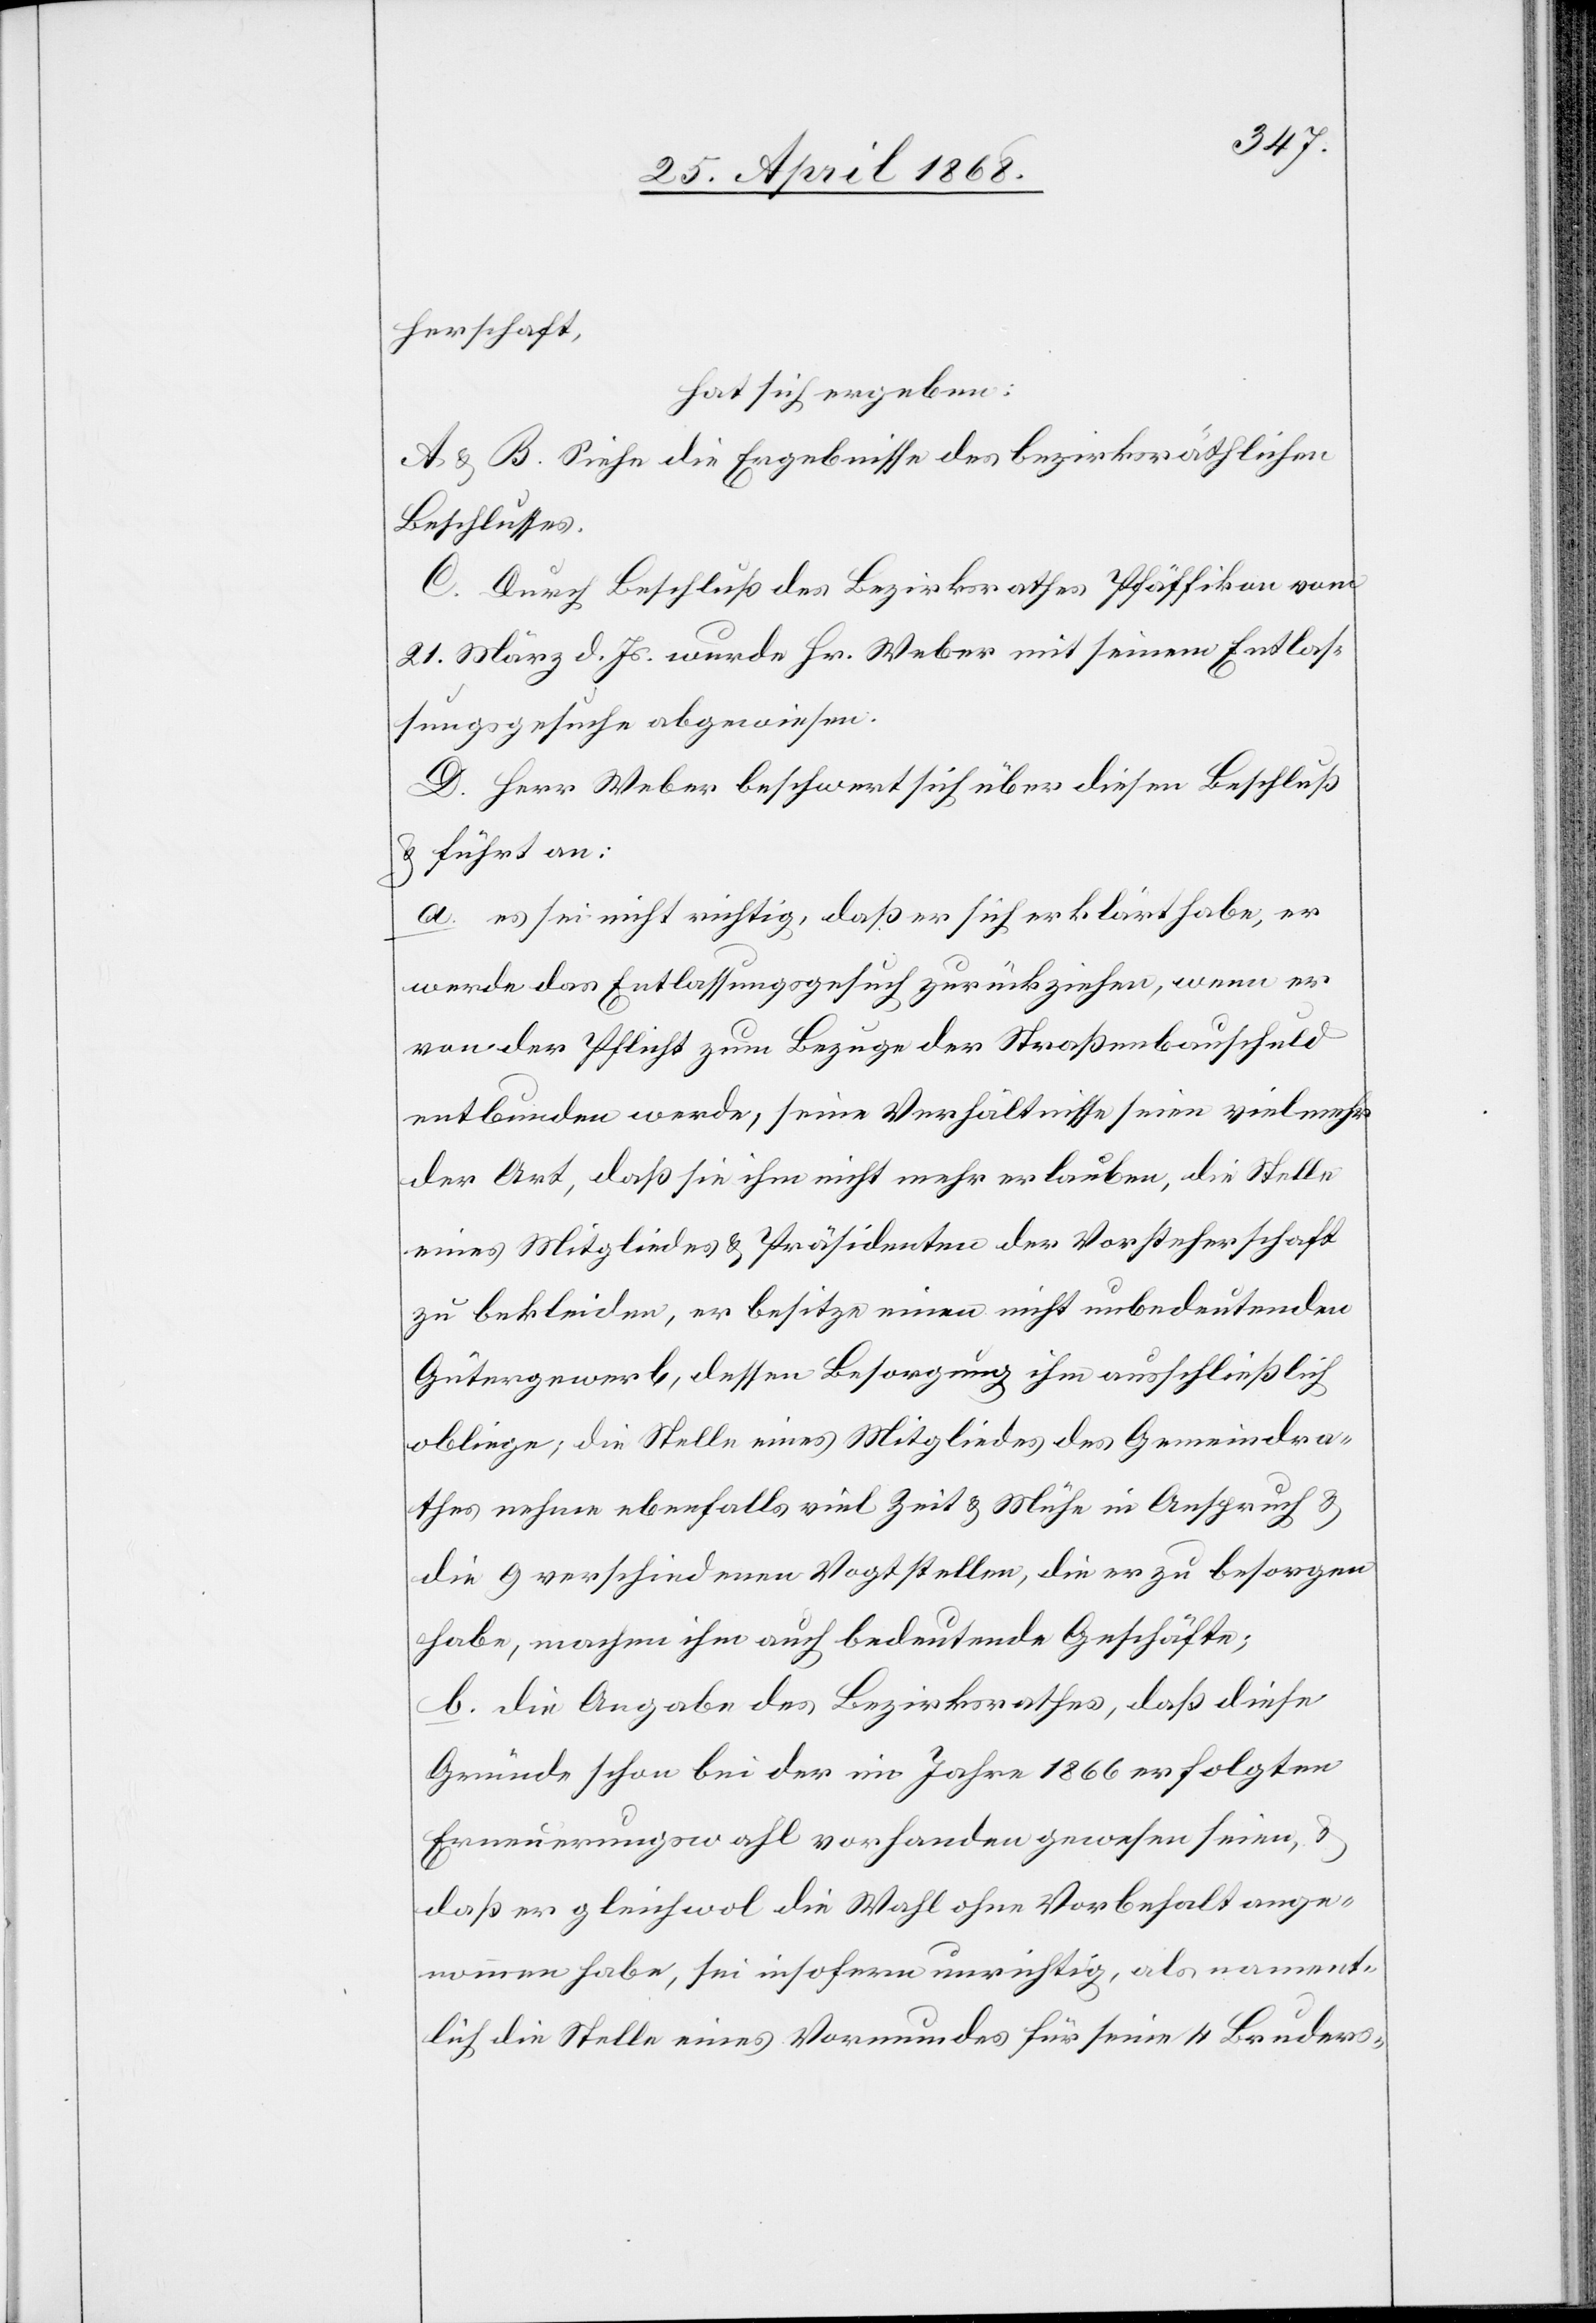
herschaft,
hat sich ergeben:
A & B. Siehe die Ergebnisse des bezirksräthlichen
Beschlusses.
C. Durch Beschluß des Bezirksrathes Pfäffikon vom
21. März d. Js. wurde Hr. Weber mit seinem Entlas¬
sungsgesuche abgewiesen.
D. Herr Weber beschwert sich über diesen Beschluß
& führt an:
a. es sei nicht richtig, daß er sich erklärt habe, er
werde das Entlassungsgesuch zurückziehen, wenn er
von der Pflicht zum Bezuge der Straßenbauschuld
entbunden werde, seine Verhältnisse seien vielmehr
der Art, daß sie ihm nicht mehr erlauben, die Stelle
eines Mitgliedes & Präsidenten der Vorsteherschaft
zu bekleiden, er besitze einen nicht unbedeutenden
Gütergewerb, dessen Besorgung ihm ausschließlich
obliege; die Stelle eines Mitgliedes des Gemeindra¬
thes nehme ebenfalls viel Zeit & Mühe in Anspruch &
die 9 verschiedenen Vogtstellen, die er zu besorgen
habe, machen ihm auch bedeutende Geschäfte;
b. die Angabe des Bezirksrathes, daß diese
Gründe schon bei der im Jahre 1866 erfolgten
Erneuerungswahl vorhanden gewesen seien, &
daß er gleichwol die Wahl ohne Vorbehalt ange¬
nommen habe, sei insofern unrichtig, als nament¬
lich die Stelle eines Vormundes für seine 4 Bruders-